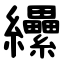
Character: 纝